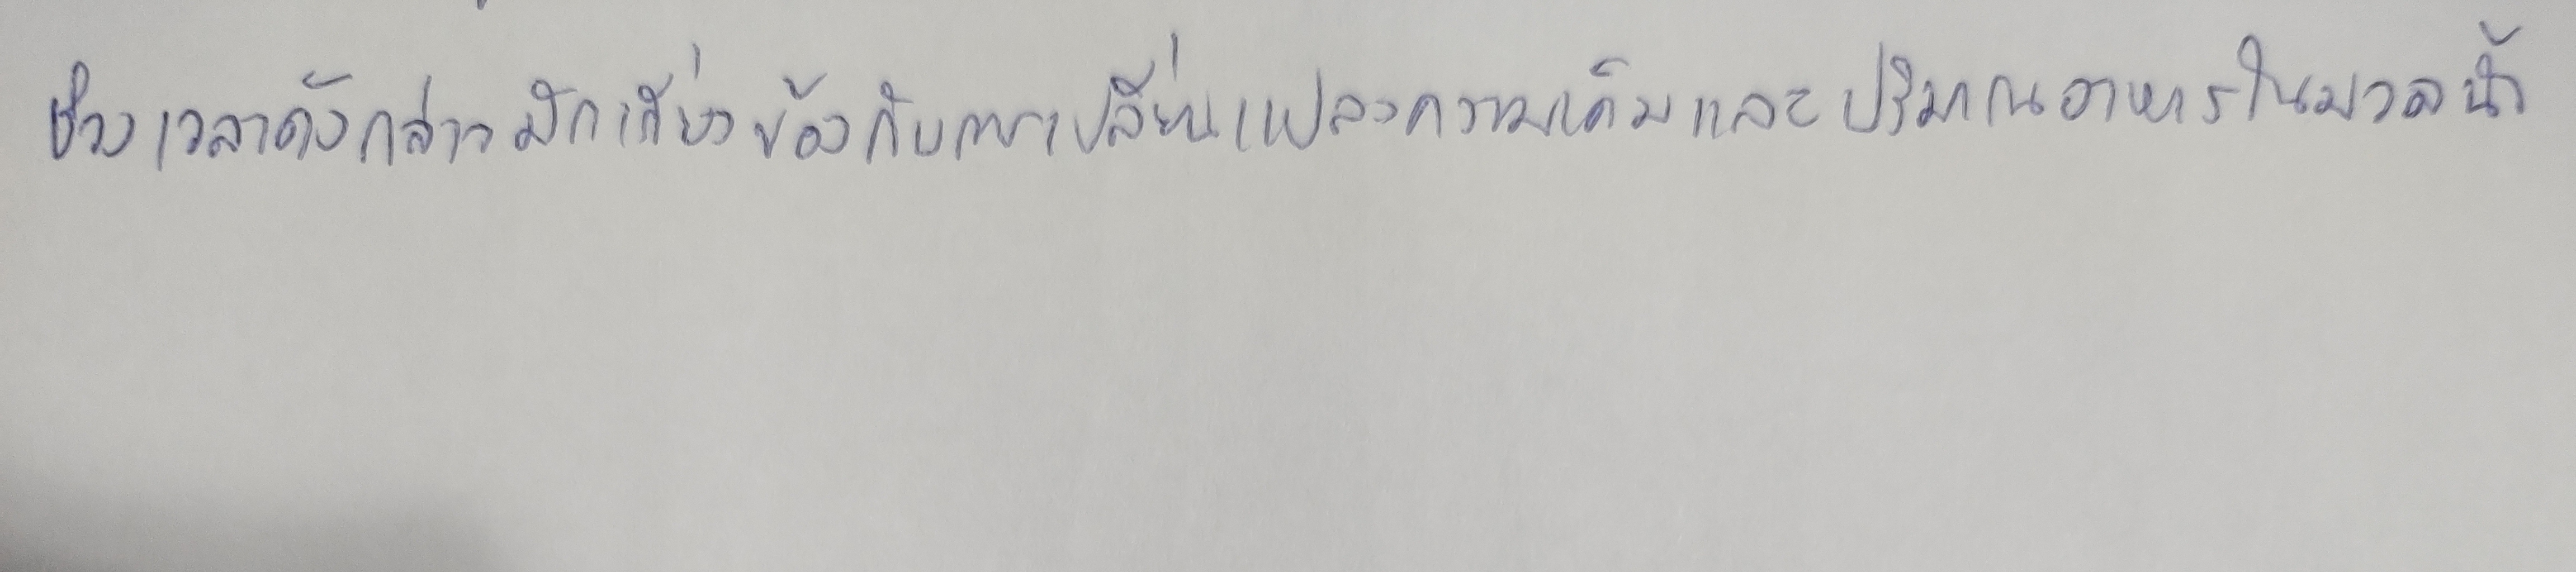
ช่วงเวลาดังกล่าวมักเกี่ยวข้องกับการเปลี่ยนแปลงความเค็มและปริมาณอาหารในมวลน้ำ